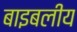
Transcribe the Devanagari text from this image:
बाइबलीय